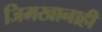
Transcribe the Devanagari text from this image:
जिमखानाही